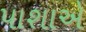
પાશાએ